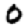
Digit: 0